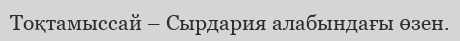
Тоқтамыссай – Сырдария алабындағы өзен.